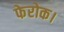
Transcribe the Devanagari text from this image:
फेरोक।